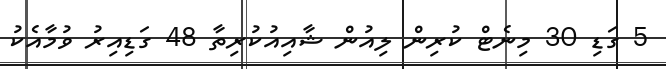
5 ގަޑި 30 މިނެޓް ކުރިން ލިއުން ޝާއިއުކުރިތާ 48 ގަޑިއިރު ވުމާއެކު